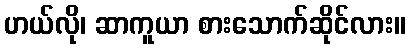
ဟယ်လို၊ ဆာကူယာ စားသောက်ဆိုင်လား။